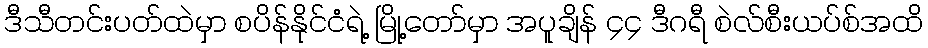
ဒီသီတင်းပတ်ထဲမှာ စပိန်နိုင်ငံရဲ့ မြို့တော်မှာ အပူချိန် ၄၄ ဒီဂရီ စဲလ်စီးယပ်စ်အထိ